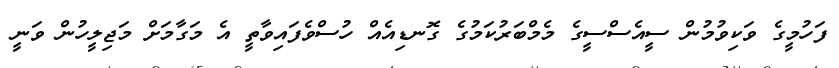
ފަހުމީގެ ވަކިވުމުން ސީއެސްސީގެ މެމްބަރުކަމުގެ ގޮނޑިއެއް ހުސްވެފައިވާތީ އެ މަގާމަށް މަޖިލީހުން ވަނީ